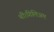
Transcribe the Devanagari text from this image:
थीं।गिलिअम